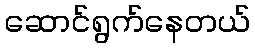
ဆောင်ရွက်နေတယ်